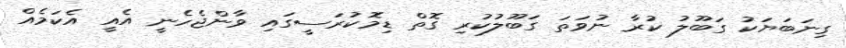
ގިނަބަޔަކު ގަބޫލު ކުރާ ނުވަތަ ގަބޫލުކުރި ގޮތް ޑިމޮކުރަސީގައި ވާންޖެހެނީ އެއީ އެކަމެއް